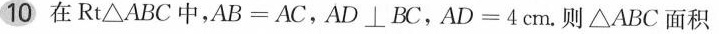
10,在Rt\bigtriangleup ABC中，AB=AC，AD\bot BC，AD4cm。则\bigtriangleup ABC面积